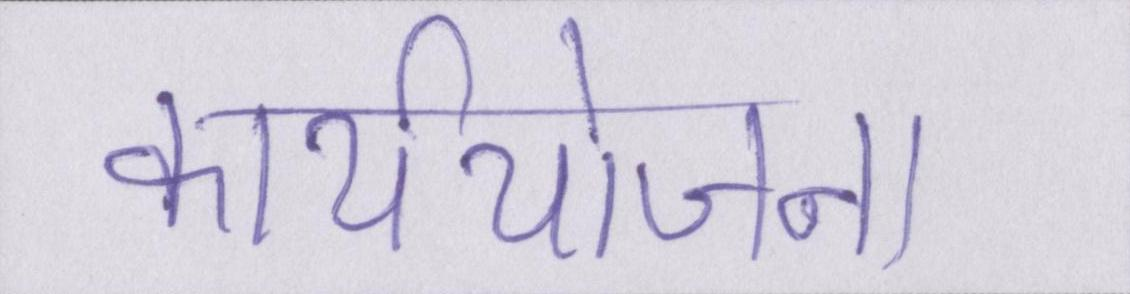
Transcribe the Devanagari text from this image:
कार्ययोजना